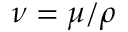
\nu = \mu / \rho